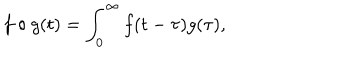
LaTeX: f \circ g ( t ) = \int _ { 0 } ^ { \infty } f ( t - \tau ) g ( \tau ) ,